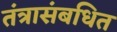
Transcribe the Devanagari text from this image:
तंत्रासंबधित